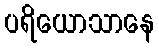
ပရိယောသာနေ